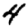
Digit: 4